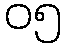
၀၅